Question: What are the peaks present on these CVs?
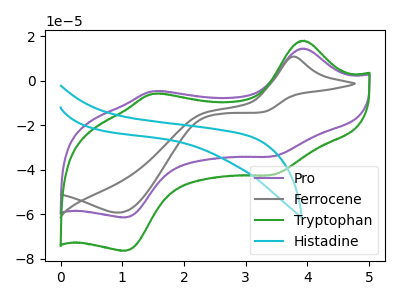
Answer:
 <answer>The purple curve "Pro" has anodic peaks at (3.95V, 14.45uA) (1.50V, -4.75uA) and cathodic peaks at (3.45V, -34.05uA) (1.05V, -61.45uA). The gray curve "Ferrocene" has an anodic peak at (3.75V, 10.85uA) and a cathodic peak at (0.95V, -59.30uA). The green curve "Tryptophan" has anodic peaks at (3.95V, 18.00uA) (1.50V, -5.90uA) and cathodic peaks at (3.45V, -42.35uA) (1.05V, -76.45uA). The cyan curve "Histadine" has no peaks.</answer>
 <eval></eval>